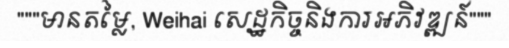
"""មានតម្លៃ, Weihai សេដ្ឋកិច្ចនិងការអភិវឌ្ឍន៍"""